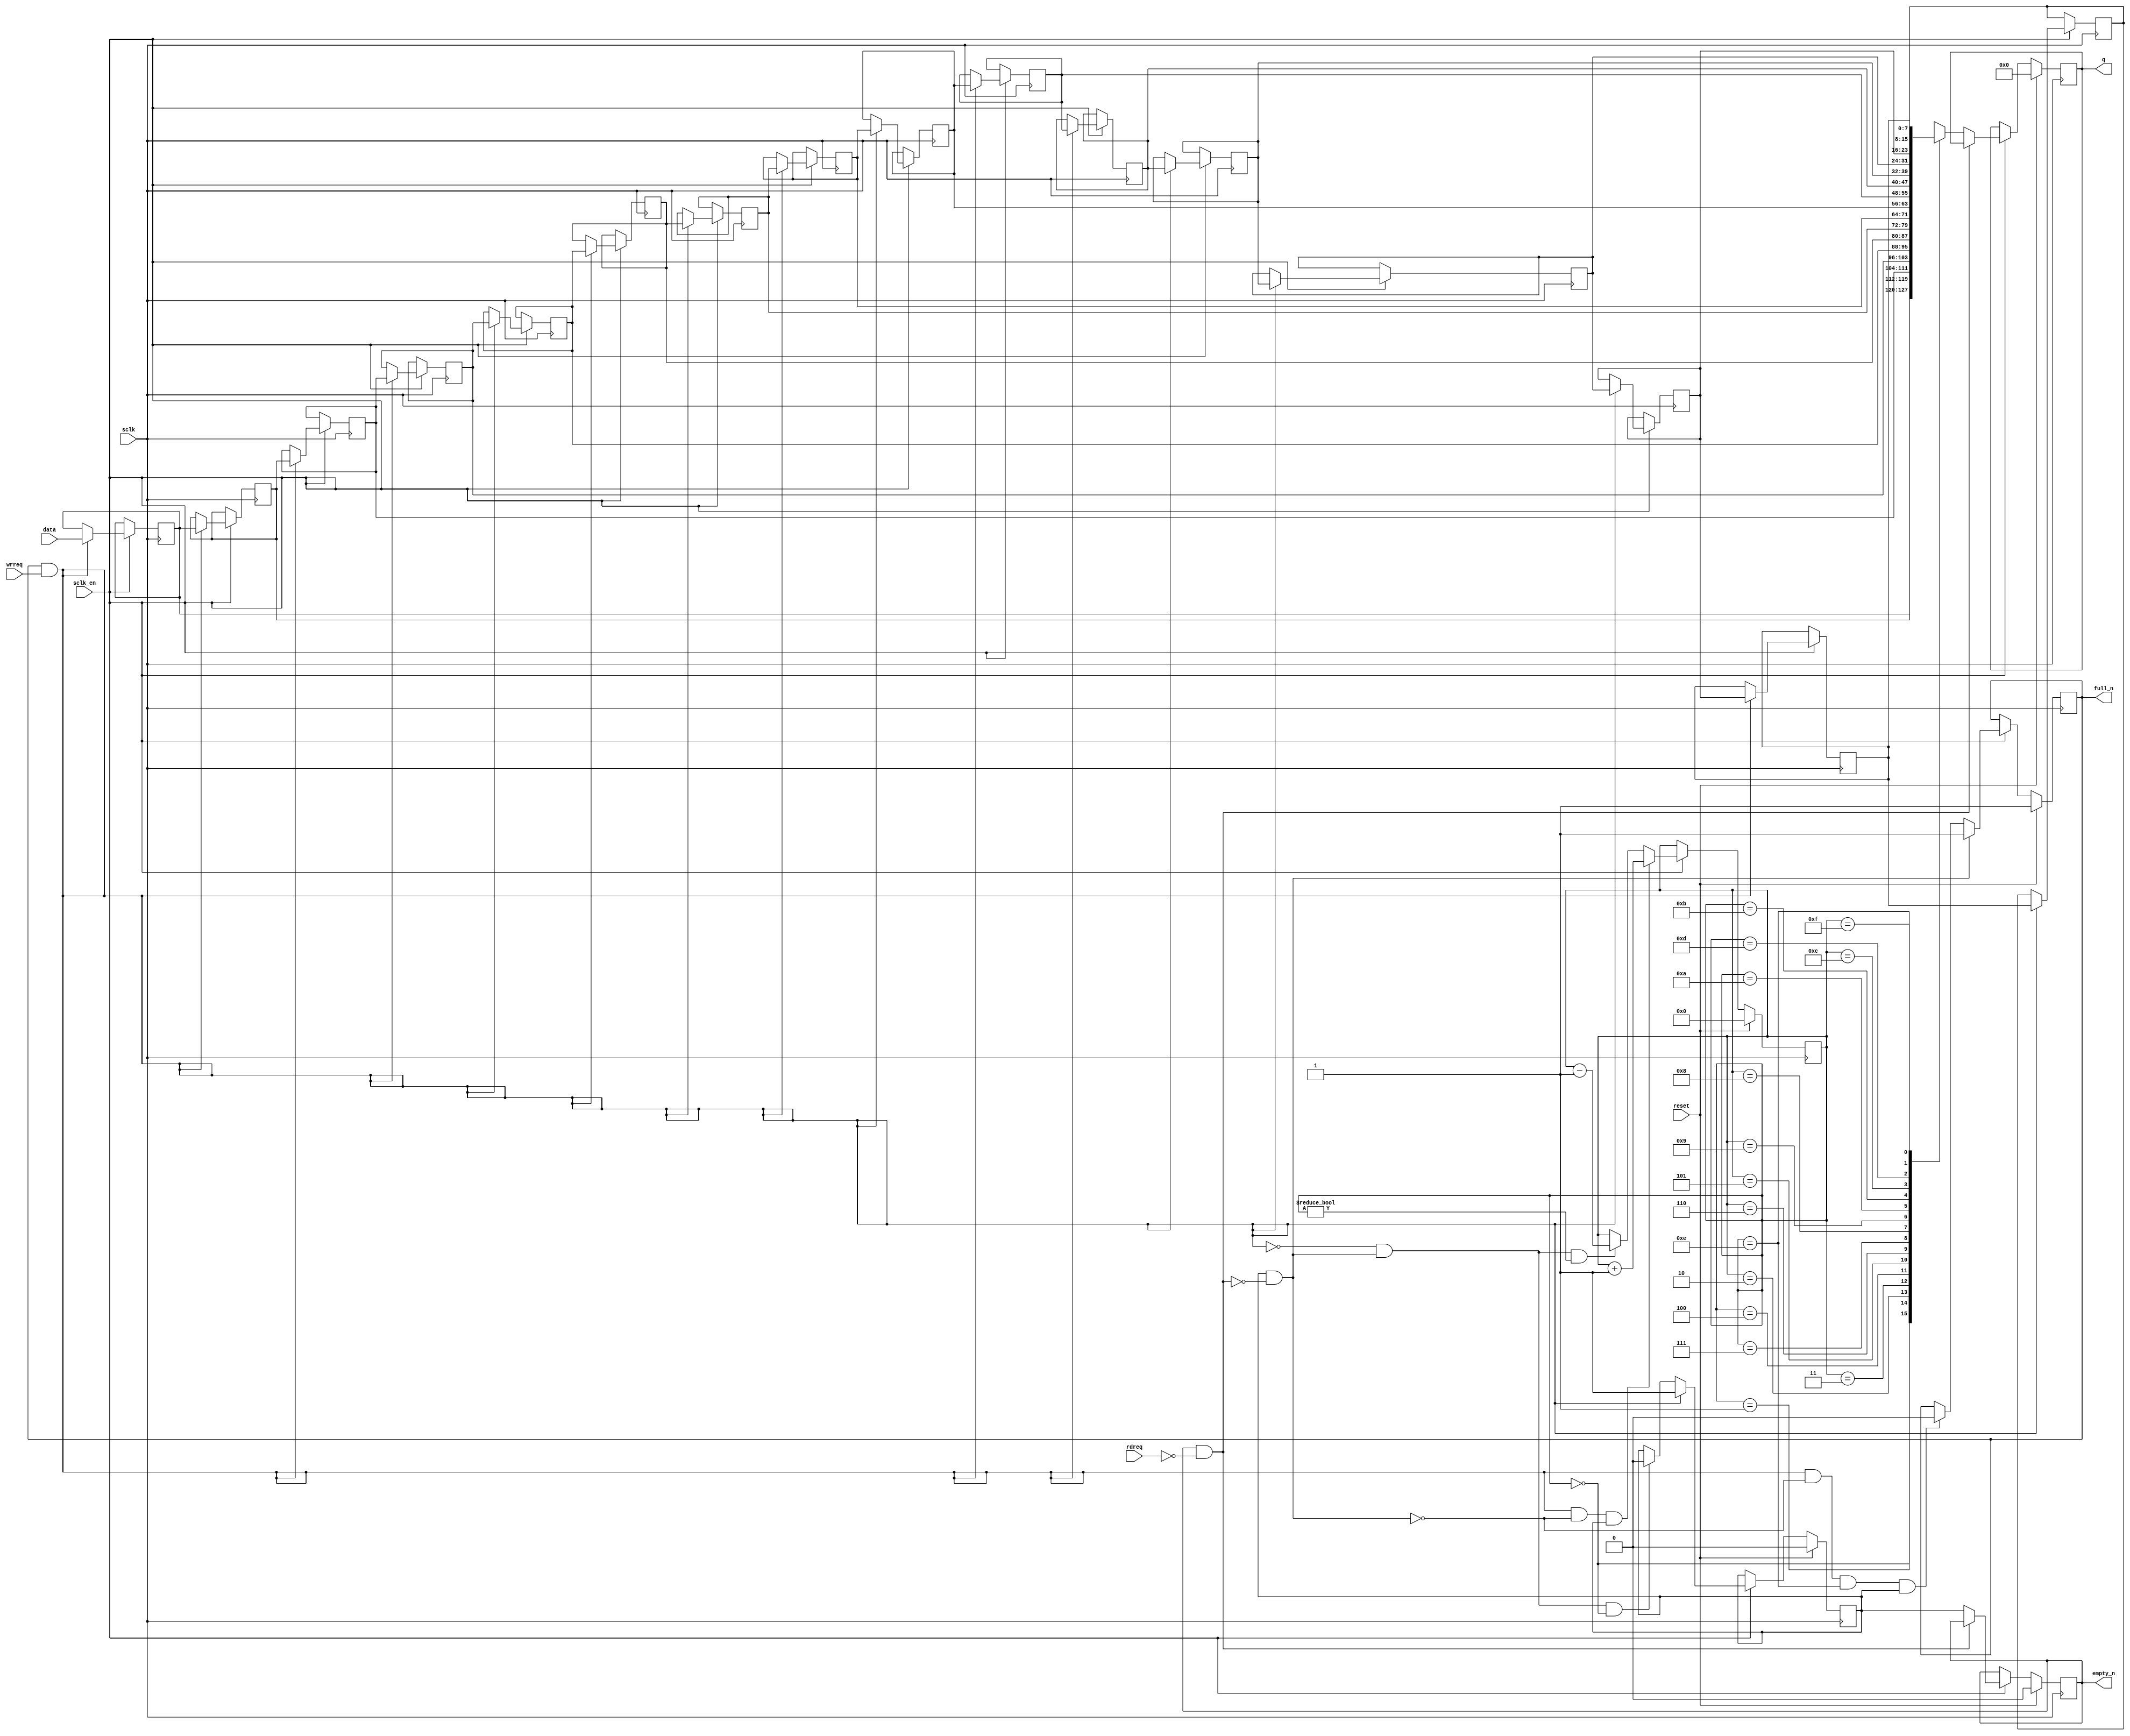
module contact_discovery_results_out_m_axi_fifo
#(parameter
    DATA_BITS  = 8,
    DEPTH      = 16,
    DEPTH_BITS = 4
)(
    input  wire                 sclk,
    input  wire                 reset,
    input  wire                 sclk_en,
    output reg                  empty_n,
    output reg                  full_n,
    input  wire                 rdreq,
    input  wire                 wrreq,
    output reg  [DATA_BITS-1:0] q,
    input  wire [DATA_BITS-1:0] data
);
wire                  push;
wire                  pop;
wire                  full_cond;
reg                   data_vld;
reg  [DEPTH_BITS-1:0] pout;
reg  [DATA_BITS-1:0]  mem[0:DEPTH-1];
assign push = full_n & wrreq;
assign pop  = data_vld & (~(empty_n & ~rdreq));
if (DEPTH >= 2) begin
assign full_cond = push && ~pop && pout == DEPTH - 2 && data_vld;
end else begin
assign full_cond = push && ~pop;
end
always @(posedge sclk)
begin
    if (reset)
        q <= 0;
    else if (sclk_en) begin
        if (~(empty_n & ~rdreq))
            q <= mem[pout];
    end
end
always @(posedge sclk)
begin
    if (reset)
        empty_n <= 1'b0;
    else if (sclk_en) begin
        if (~(empty_n & ~rdreq))
            empty_n <= data_vld;
    end
end
always @(posedge sclk)
begin
    if (reset)
        data_vld <= 1'b0;
    else if (sclk_en) begin
        if (push)
            data_vld <= 1'b1;
        else if (~push && pop && pout == 1'b0)
            data_vld <= 1'b0;
    end
end
always @(posedge sclk)
begin
    if (reset)
        full_n <= 1'b1;
    else if (sclk_en) begin
        if (pop)
            full_n <= 1'b1;
        else if (full_cond)
            full_n <= 1'b0;
    end
end
always @(posedge sclk)
begin
    if (reset)
        pout <= 1'b0;
    else if (sclk_en) begin
        if (push & ~pop & data_vld)
            pout <= pout + 1'b1;
        else if (~push && pop && pout != 1'b0)
            pout <= pout - 1'b1;
    end
end
integer i;
always @(posedge sclk)
begin
    if (sclk_en) begin
        if (push) begin
            for (i = 0; i < DEPTH - 1; i = i + 1) begin
                mem[i+1] <= mem[i];
            end
            mem[0] <= data;
        end
    end
end
endmodule